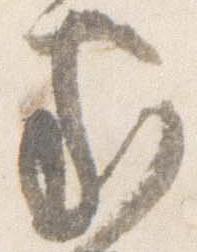
家